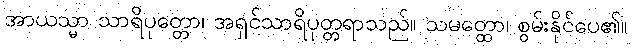
အာယသ္မာ သာရိပုတ္တော၊ အရှင်သာရိပုတ္တရာသည်။ သမတ္ထော၊ စွမ်းနိုင်ပေ၏။